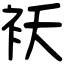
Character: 袄